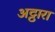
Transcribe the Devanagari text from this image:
अट्ठारा